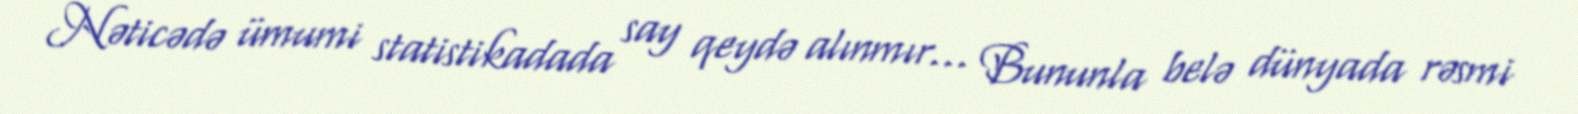
Nəticədə ümumi statistikadada say qeydə alınmır… Bununla belə dünyada rəsmi